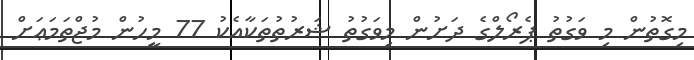
މިގޮތުން މި ވަގުތު ޕެރޯލްގެ ދަށުން މިވަގުތު ޝަރުތުތަކާއެކު 77 މީހުން މުޖްތަމަޢަށް